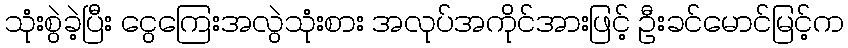
သုံးစွဲခဲ့ပြီး ငွေကြေးအလွဲသုံးစား အလုပ်အကိုင်အားဖြင့် ဦးခင်မောင်မြင့်က